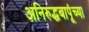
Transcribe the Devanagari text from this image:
अनिरुद्धबापूंच्या